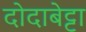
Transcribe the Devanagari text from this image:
दोदाबेट्टा